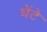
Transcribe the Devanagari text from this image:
घेंटे